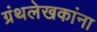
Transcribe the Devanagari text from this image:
ग्रंथलेखकांना